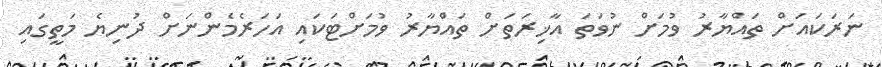
ނަރަކައަށް ތައްޔާރު ވުމަށް ނުވަތަ އާޚިރަތަށް ތައްުޔާރު ވުމަށްޓަކައި އަހަރެމެންނަށް ދުނިޔެ މަތީގައި